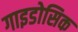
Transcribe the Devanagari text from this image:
गाइडोसिक